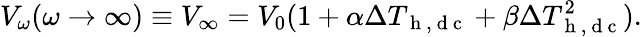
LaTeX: V_{\omega}(\omega\rightarrow\infty)\equiv V_{\infty}=V_{0}(1+\alpha\Delta T_{\mathrm{~h~,~d~c~}}+\beta\Delta T_{\mathrm{~h~,~d~c~}}^{2}){.}